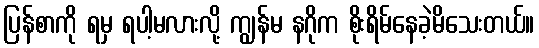
ပြန်စာကို ရမှ ရပါ့မလားလို့ ကျွန်မ နဂိုက စိုးရိမ်နေခဲ့မိသေးတယ်။